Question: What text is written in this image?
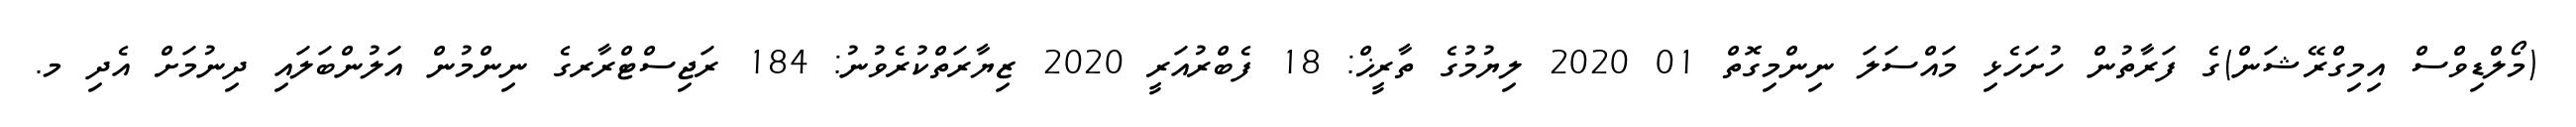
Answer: (މޯލްޑިވްސް އިމިގްރޭޝަން)ގެ ފަރާތުން ހުށަހެޅި މައްސަލަ ނިންމިގޮތް 01 2020 ލިޔުމުގެ ތާރީޚް: 18 ފެބްރުއަރީ 2020 ޒިޔާރަތްކުރެވުނު: 184 ރަޖިސްޓްރާރގެ ނިންމުން އަލުންބަލައި ދިނުމަށް އެދި މ.